Scottish Leaving Certificate Examination, 1953
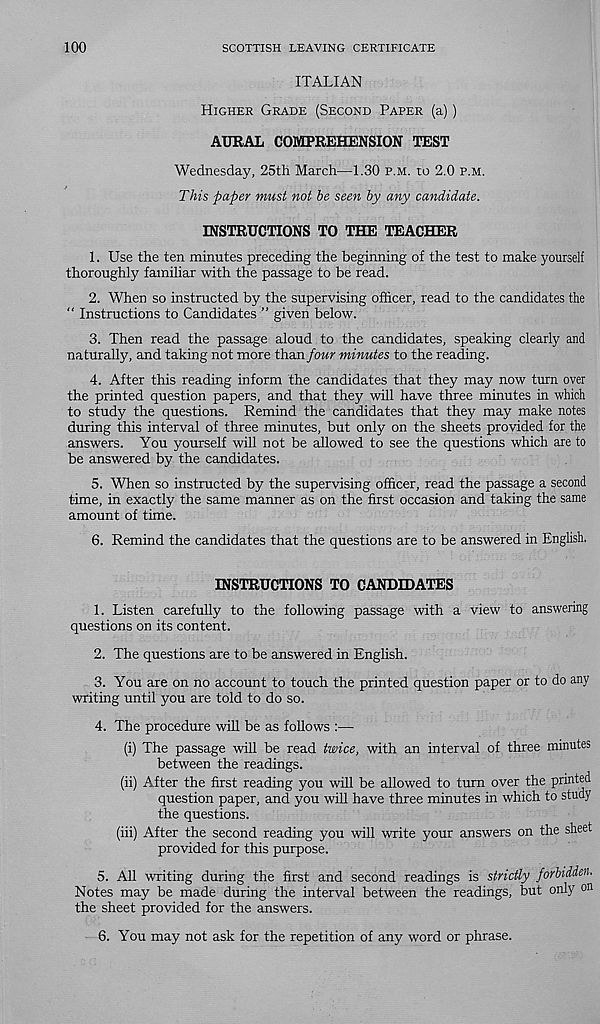
100
SCOTTISH LEAVING CERTIFICATE
ITALIAN
Higher Grade (Second Paper (a))
AURAL COMPREHENSION TEST
Wednesday, 25th March—1.30 p.m. to 2.0 p.m.
This paper must not be seen by any candidate.
INSTRUCTIONS TO THE TEACHER
1. Use the ten minutes preceding the beginning of the test to make yourself
thoroughly familiar with the passage to be read.
2. When so instructed by the supervising officer, read to the candidates the
“ Instructions to Candidates ” given below.
3. Then read the passage aloud to the candidates, speaking clearly and
naturally, and taking not more than four minutes to the reading.
4. After this reading inform the candidates that they may now turn over
the printed question papers, and that they will have three minutes in which
to study the questions. Remind the candidates that they may make notes
during this interval of three minutes, but only on the sheets provided for the
answers. You yourself will not be allowed to see the questions which are to
be answered by the candidates.
5. When so instructed by the supervising officer, read the passage a second
time, in exactly the same manner as on the first occasion and taking the same
amount of time.
6. Remind the candidates that the questions are to be answered in English.
INSTRUCTIONS TO CANDIDATES
1. Listen carefully to the following passage with a view to answering
questions on its content.
2. The questions are to be answered in English.
3. You are on no account to touch the printed question paper or to do any
writing until you are told to do so.
4. The procedure will be as follows :—
(i) The passage will be read twice, with an interval of three minutes
between the readings.
(ii) After the first reading you will be allowed to turn over the printed
question paper, and you will have three minutes in which to study
the questions.
(iii) After the second reading you will write your answers on the sheet
provided for this purpose.
5. All writing during the first and second readings is strictly forbidden.
Notes may be made during the interval between the readings, but only o n
the sheet provided for the answers.
6. You may not ask for the repetition of any word or phrase.